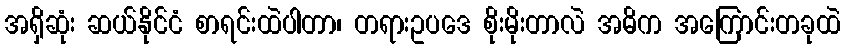
အရှိဆုံး ဆယ်နိုင်ငံ စာရင်းထဲပါတာ၊ တရားဥပဒေ စိုးမိုးတာလဲ အဓိက အကြောင်းတခုထဲ